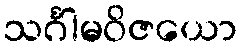
သင်္ဂါမဝိဇယော